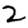
Digit: 2